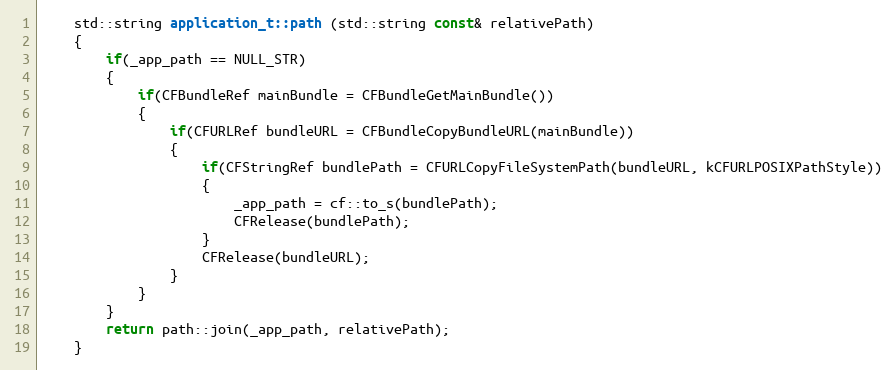
Language: C++
	std::string application_t::path (std::string const& relativePath)
	{
		if(_app_path == NULL_STR)
		{
			if(CFBundleRef mainBundle = CFBundleGetMainBundle())
			{
				if(CFURLRef bundleURL = CFBundleCopyBundleURL(mainBundle))
				{
					if(CFStringRef bundlePath = CFURLCopyFileSystemPath(bundleURL, kCFURLPOSIXPathStyle))
					{
						_app_path = cf::to_s(bundlePath);
						CFRelease(bundlePath);
					}
					CFRelease(bundleURL);
				}
			}
		}
		return path::join(_app_path, relativePath);
	}